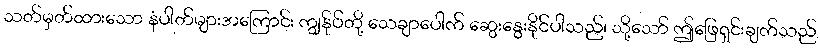
သတ်မှတ်ထားသော နံပါတ်များအကြောင်း ကျွန်ုပ်တို့ သေချာပေါက် ဆွေးနွေးနိုင်ပါသည်၊ သို့သော် ဤဖြေရှင်းချက်သည်